Leaving Certificate Examination (including Day School Certificate (Higher) General paper), 1935
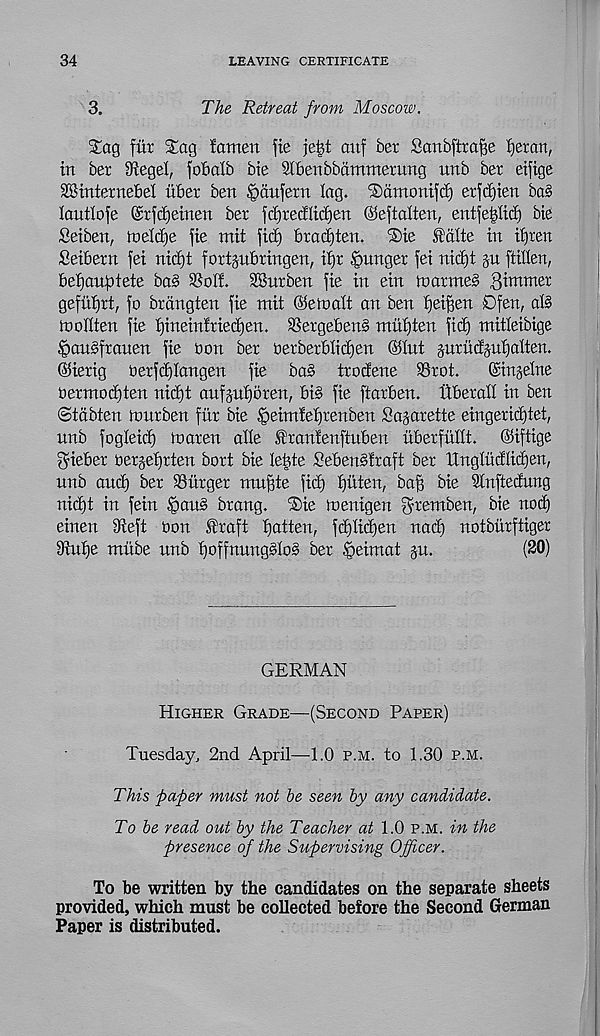
34
LEAVING CERTIFICATE
3.
The Retreat from Moscow.
Sag fur Sag famen fie je£t auf ber Sanbftrafje fjeran,
in ber 9ftegel, fob alb bie Sibenbbammerung unb ber eifige
28internebel iiber ben ^aufern lag. Samonifd) erfdfjien bag
lautlofe @rfd)einen ber fdjredlidjen ©eftalten, entfe^lid) bie
Seibert, toeId)e fie mit fid) bradften. Sie Petite in iijren
Seibern fei nid)t fortpbringen, ifjr ganger fei nid)t §u fiillen,
befjanfrtete bag 93oIf. dBurben fie in ein tnarmeg dimmer
gefit^rt, fo brdngten fie mit ©etcalt an ben tjeifsen Dfen, al§
mollten fie t)inein!ried)en. SSergeben§ miitjten fid) mitteibige
§an§frauen fie oon ber oerberblidjen ©tut gurudgufjalten.
©ierig oerfdjtangen fie ba§ trodene SSrot.
©inline
bermod)ten nid)t anfptjoren, big fie ftarben. tiberdl in ben
©tabten tnnrben fnr bie §eindef)renben Sagarette eingerid)tet,
nnb fogteid) toaren atte Irantenftuben nberfnltt.
©iftige
fyieber oer§et)rten bort bie lefete Sebengtraft ber Unglndlidjen,
nnb and) ber burger mujfte fid) tjiiten, baf) bie Slnftedung
nid)t in fein Sang brang. Sie ioenigen ^remben, bie nod)
einen dieft bon Iraft fatten, fd)Iid)en nad) notbiirftiger
9htf)e mnbe nnb fioffnungglog ber §eimat jn.
(20)
GERMAN
Higher Grade—(Second Paper)
Tuesday, 2nd April—-1.0 p.m. to 1.30 p.m.
This paper must not be seen by any candidate.
To be read out by the Teacher at 1.0 p.m. in the
presence of the Supervising Officer.
To be written by the candidates on the separate sheets
provided, which must be collected before the Second German
Paper is distributed.